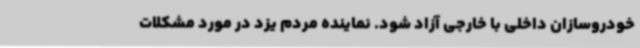
خودروسازان داخلی با خارجی آزاد شود. نماینده مردم یزد در مورد مشکلات